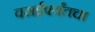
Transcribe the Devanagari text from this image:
वसईपर्यंतचा